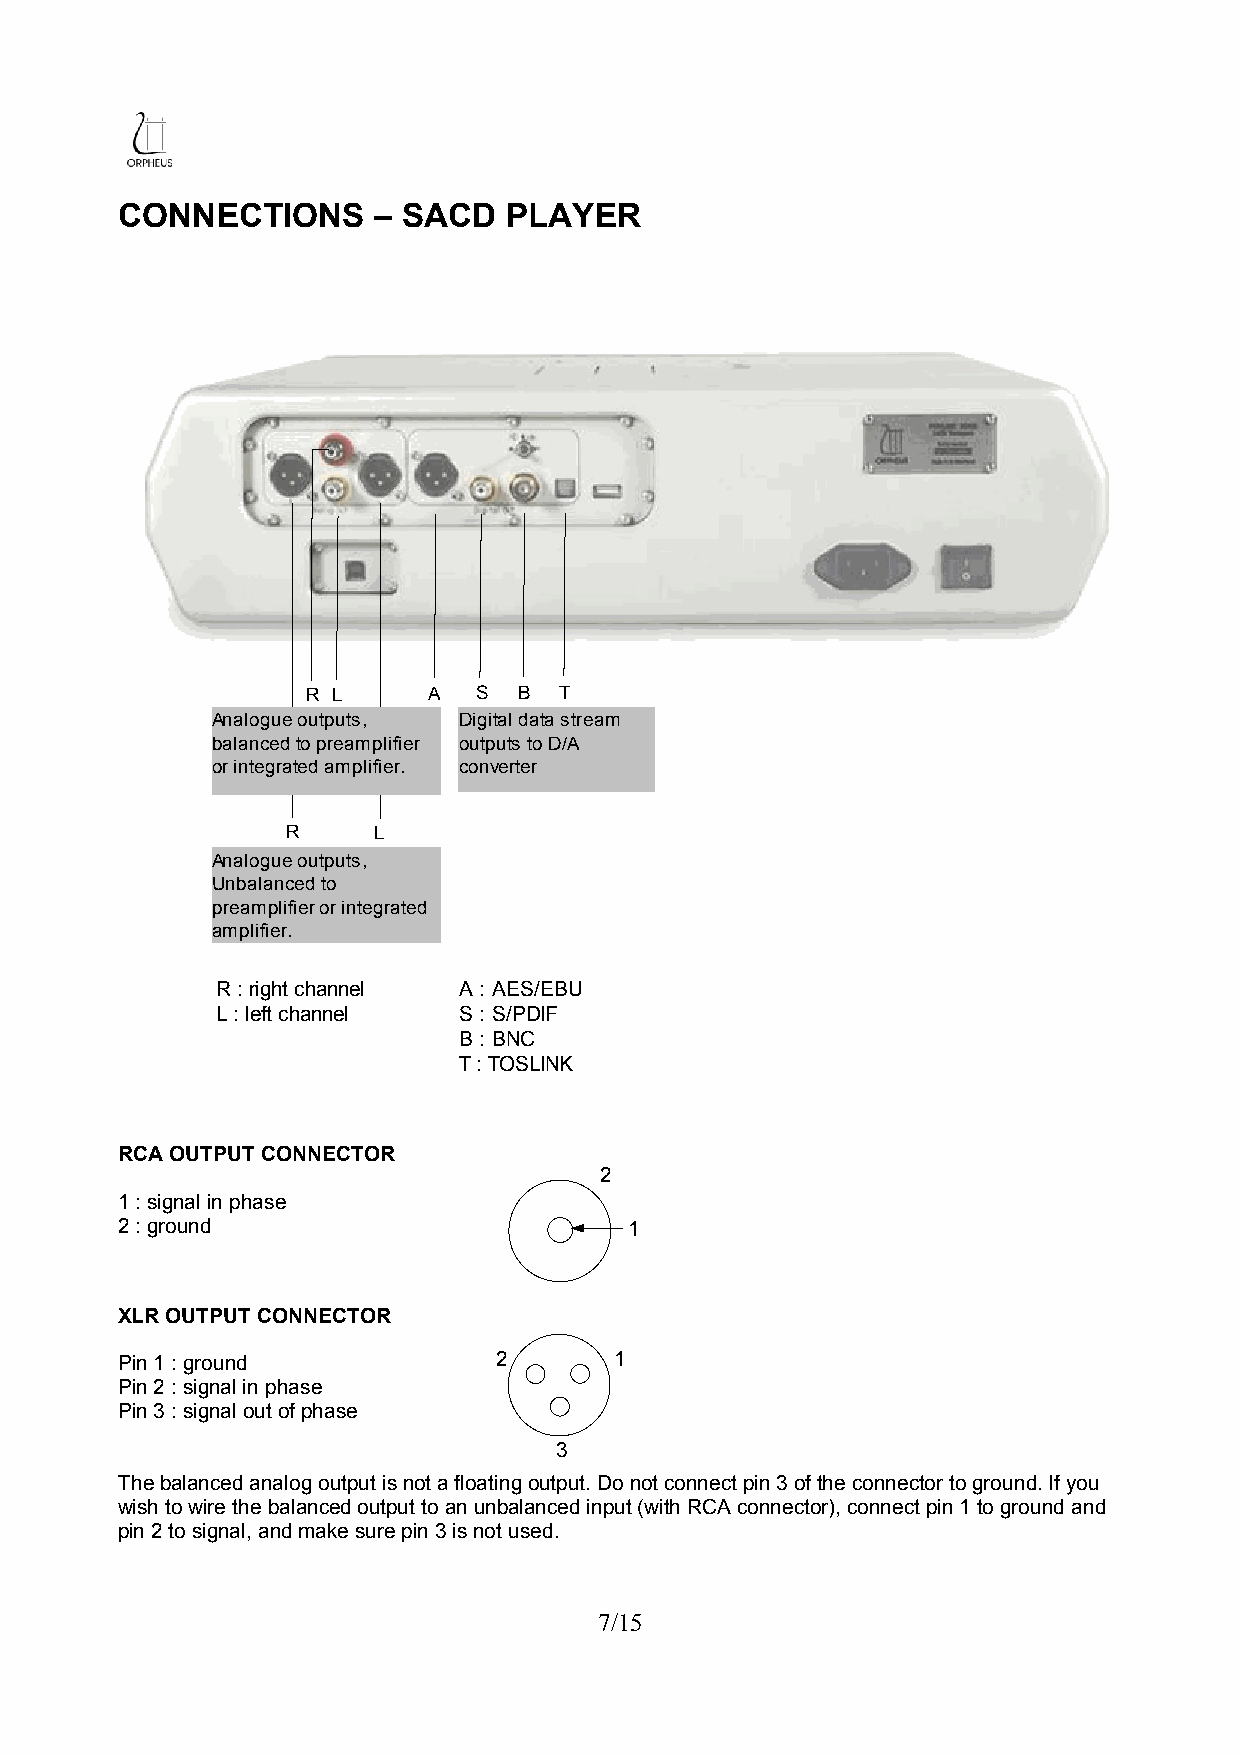
CONNECTIONS      – SACD  PLAYER
 RL RLRL RL  R   L R   L R L RL         R   L
 R L     A   S B  T
 Analogue outputs, Digital data stream
 balanced to preamplifier outputs to D/A
 or integrated amplifier. converter
 R     L
 Analogue outputs,
 Unbalanced to
 preamplifier or integrated
 amplifier.
 R : right channel A : AES/EBU
 L : left channel S : S/PDIF
 B : BNC
 T : TOSLINK
 RCA OUTPUT CONNECTOR
 2
 1 : signal in phase
 2 : ground                        1
 XLR OUTPUT CONNECTOR
 Pin 1 : ground           2       1
 Pin 2 : signal in phase
 Pin 3 : signal out of phase
 3
 The balanced analog output is not a floating output. Do not connect pin 3 of the connector to ground. If you
 wish to wire the balanced output to an unbalanced input (with RCA connector), connect pin 1 to ground and
 pin 2 to signal, and make sure pin 3 is not used.
 7/15